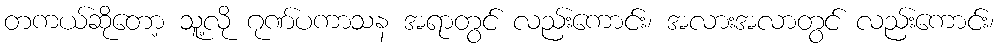
တကယ်ဆိုတော့ သူ့လို ဂုဏ်ပကာသန အရာတွင် လည်းကောင်း၊ အလားအလာတွင် လည်းကောင်း၊